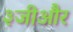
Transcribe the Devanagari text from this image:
३जीऔर